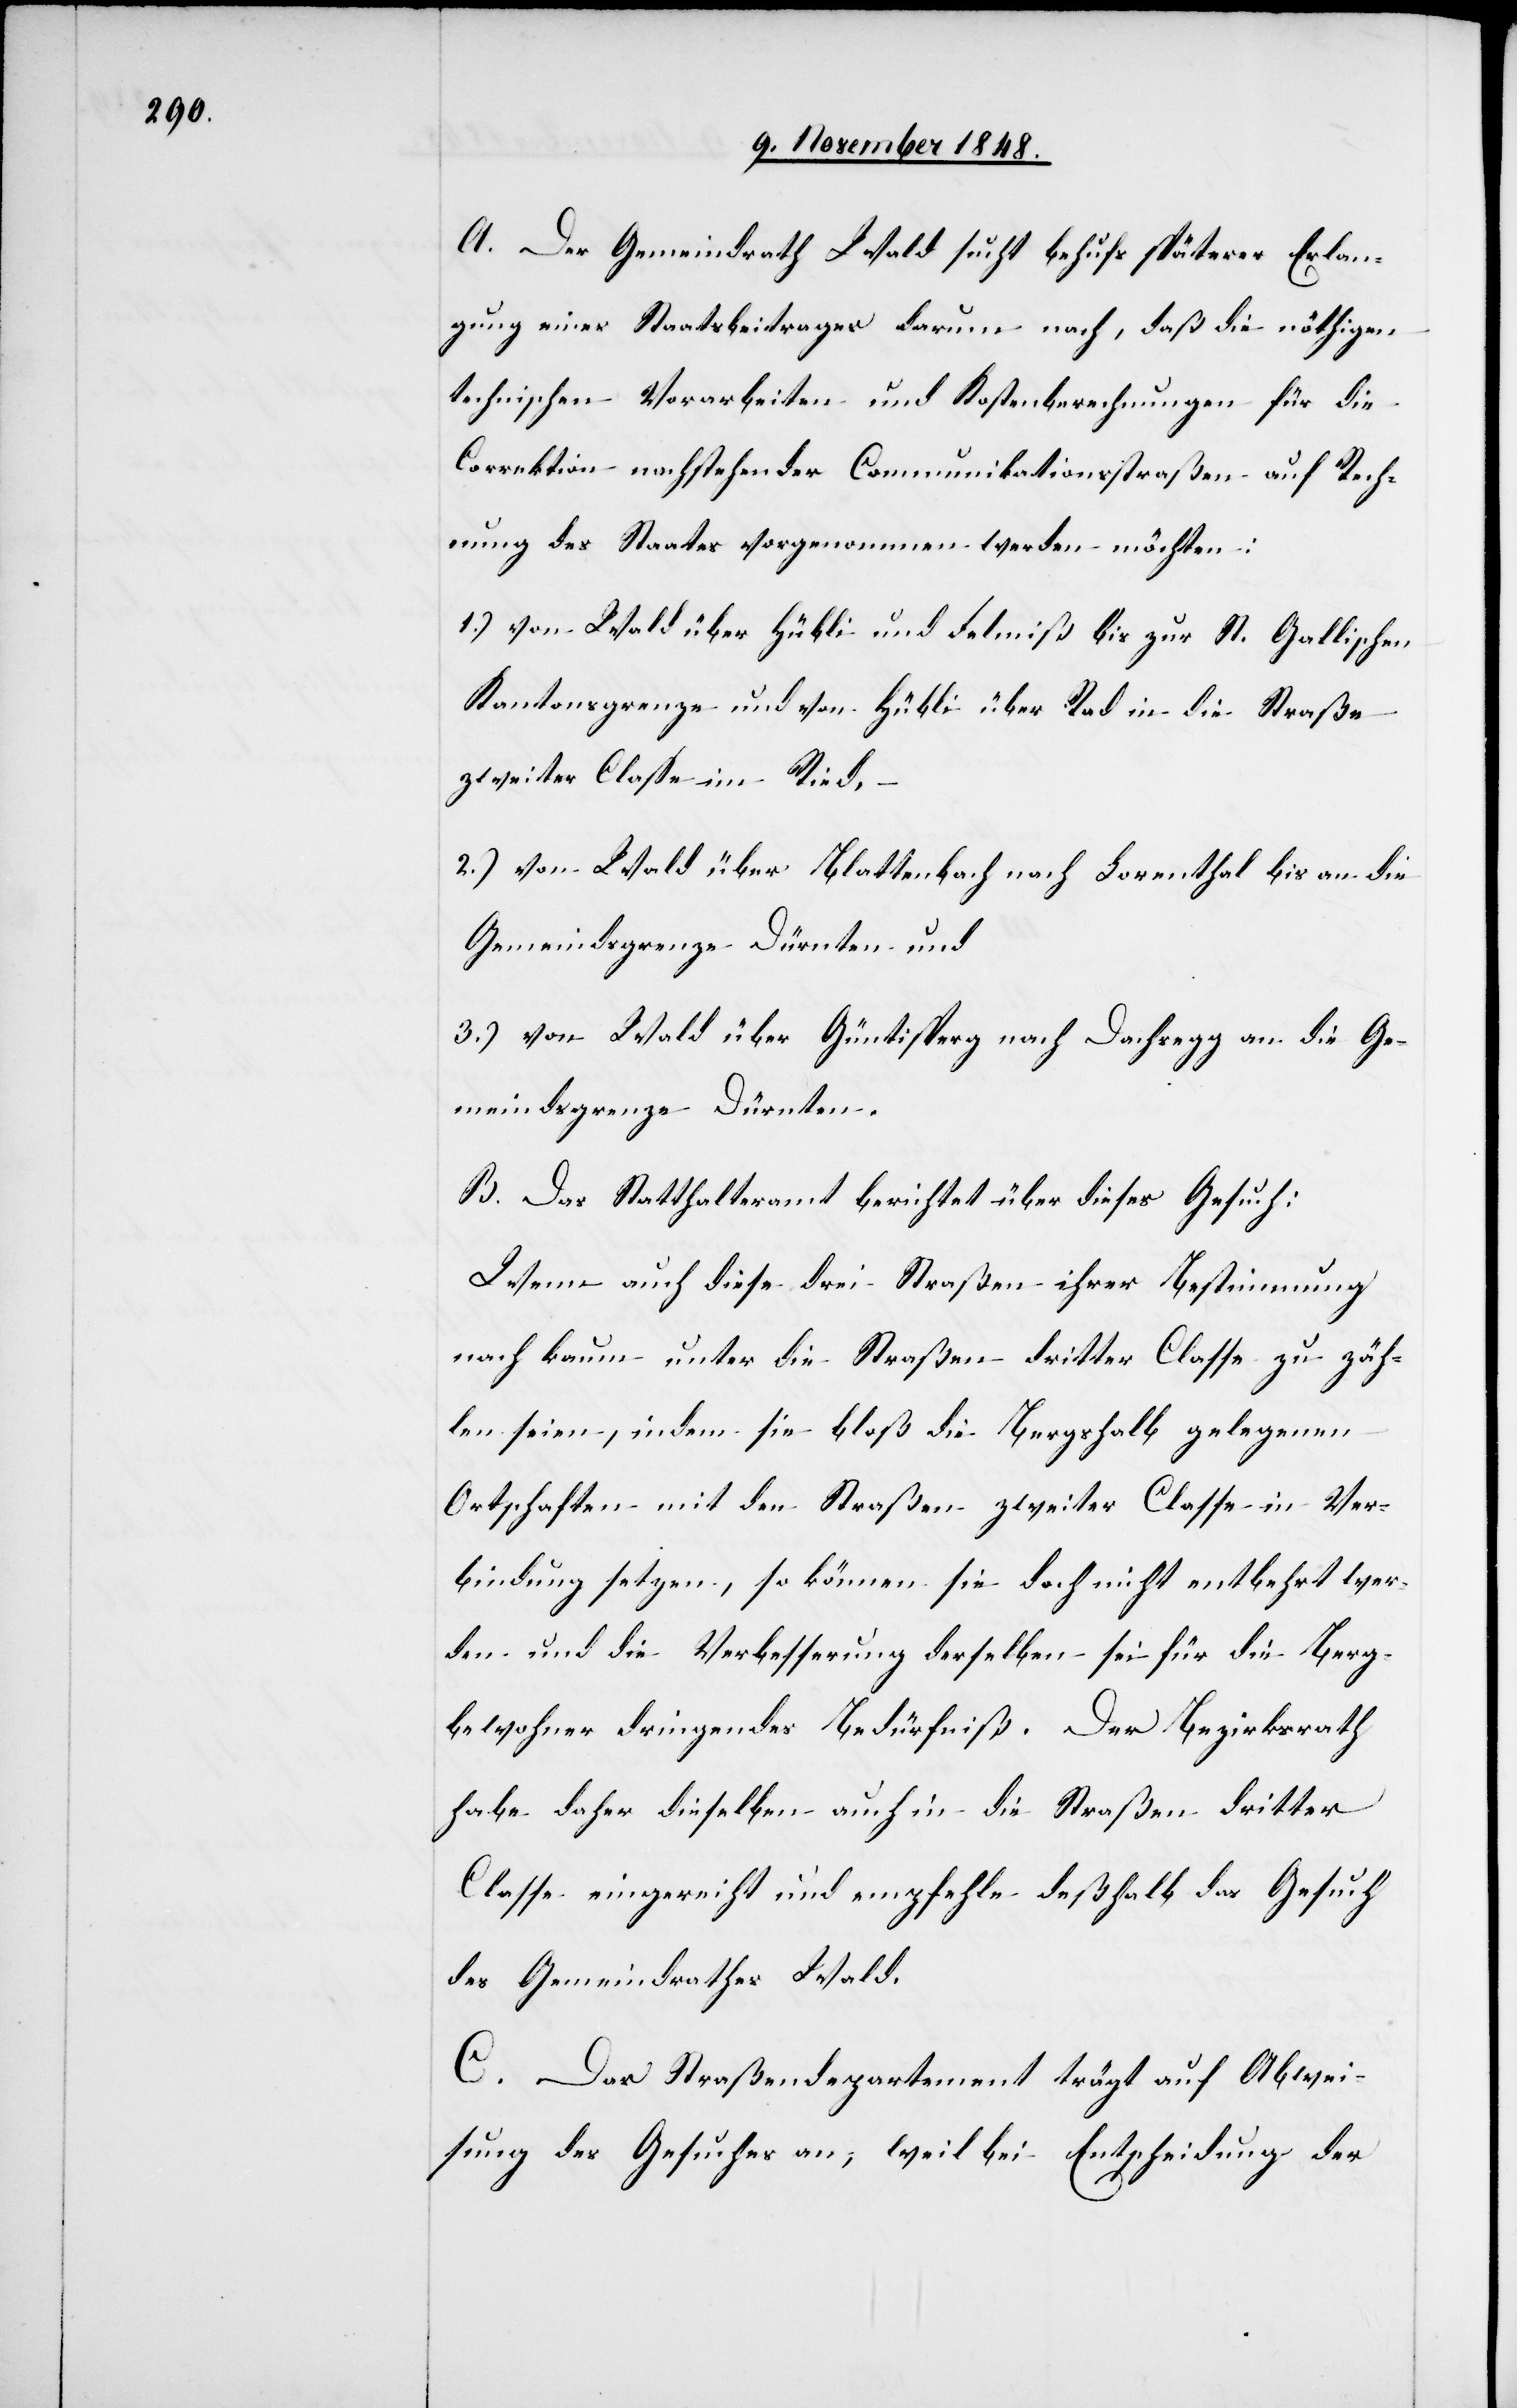
A. Der Gemeindrath Wald such behufs späterer Erlan¬
gung eines Staatsbeitrages darum nach, daß die nöthigen
technischen Vorarbeiten und Kostenberechnungen für die
Correktion nachstehender Communikationsstraßen auf Rech¬
nung des Staates vorgenommen werden möchten:
1.) von Wald über Hübli und Feldmiß bis zur St. Gallischen
Kantonsgrenze und von Hübli über Rad in die Straße
zweiter Claße im Ried,
2.) von Wald über Blattenbach nach Lorenthal bis an die
Gemeindsgrenze Dürnten und
3.) von Wald über Güntisperg nach Dachsegg an die Ge¬
meindsgrenze Dürnten.
B. Das Statthalteramt berichtet über dieses Gesuch:
Wenn auch diese drei Straßen ihrer Bestimmung
nach kaum unter die Straßen dritter Classe zu zäh¬
len seien, indem sie bloß Bergshalb gelegenen
Ortschaften mit den Straßen zweiter Classe in Ver¬
bindung setzten, so können sie doch nicht entbehrt wer¬
den und die Verbesserung derselben sei für die Berg¬
bewohner dringendes Bedürfniß. Der Bezirksrath
habe daher dieselben auch in die Straßen dritter
Classe eingereicht und empfehle deßhalb das Gesuch
des Gemeindrathes Wald.
C. Das Straßendepartement trägt auf Abwei¬
sung des Gesuches an, weil bei Entscheidung der